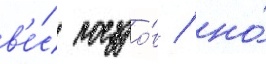
в'е́с поездо́в / но́